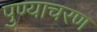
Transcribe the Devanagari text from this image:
पुण्याचरण